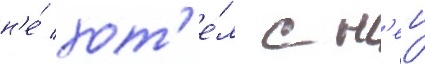
н'е́ хот'е́л с н'еи